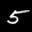
Label: 5